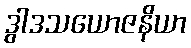
ဒွါဒသယောဇနိယာ